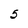
Character: 5